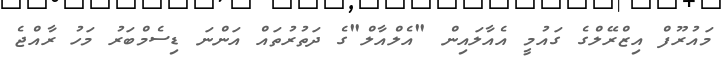
މައުރޫފް އިޒްރޭލްގެ ގައުމީ އެއާލައިން "އެލްއާލް"ގެ ދަތުރުތައް އަންނަ ޑިސެމްބަރު މަހު ރާއްޖެ